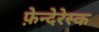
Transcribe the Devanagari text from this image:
फ़ेन्देरेस्क